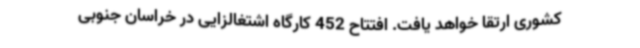
کشوری ارتقا خواهد یافت. افتتاح 452 کارگاه اشتغالزایی در خراسان جنوبی